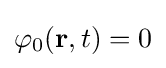
\varphi _{0}(\mathbf {r} ,t)=0